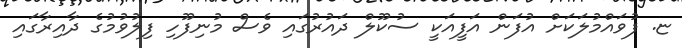
ޏ. ފުވައްމުލަކަށް އުފަން އަފީއަކީ ސުކޫލް ދައުރުގައި ވެސް މުނިފޫހި ފިލުވުމުގެ ދާއިރާގައި